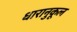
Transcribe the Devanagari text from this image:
धारानुकूल